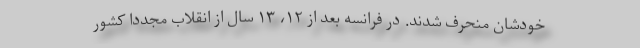
خودشان منحرف شدند. در فرانسه بعد از ۱۲، ۱۳ سال از انقلاب مجدداً کشور